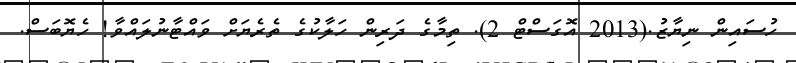
ހުސައިން ނިޔާޒު.(2013 އޮގަސްޓް 2). ތިމާގެ ދަރިން ހަލާކުގެ ތެރެޔަށް ވައްޓާނުލައްވާ! ހެޔޮބަސް.